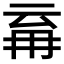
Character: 𭁪